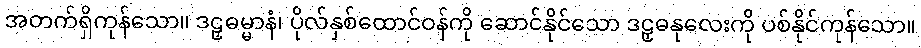
အတက်ရှိကုန်သော။ ဒဠှဓမ္မာနံ၊ ပိုလ်နှစ်ထောင်ဝန်ကို ဆောင်နိုင်သော ဒဠှဓနုလေးကို ပစ်နိုင်ကုန်သော။